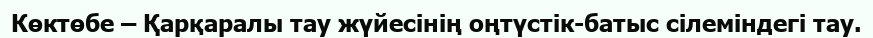
Көктөбе – Қарқаралы тау жүйесінің оңтүстік-батыс сілеміндегі тау.